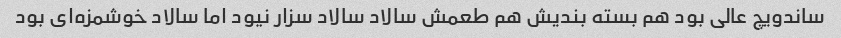
ساندویچ عالی بود هم بسته بندیش هم طعمش سالاد سالاد سزار نیود اما سالاد خوشمزه‌ای بود